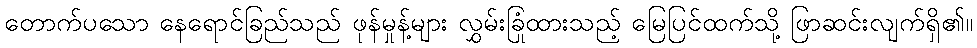
တောက်ပသော နေရောင်ခြည်သည် ဖုန်မှုန့်များ လွှမ်းခြုံထားသည့် မြေပြင်ထက်သို့ ဖြာဆင်းလျက်ရှိ၏။